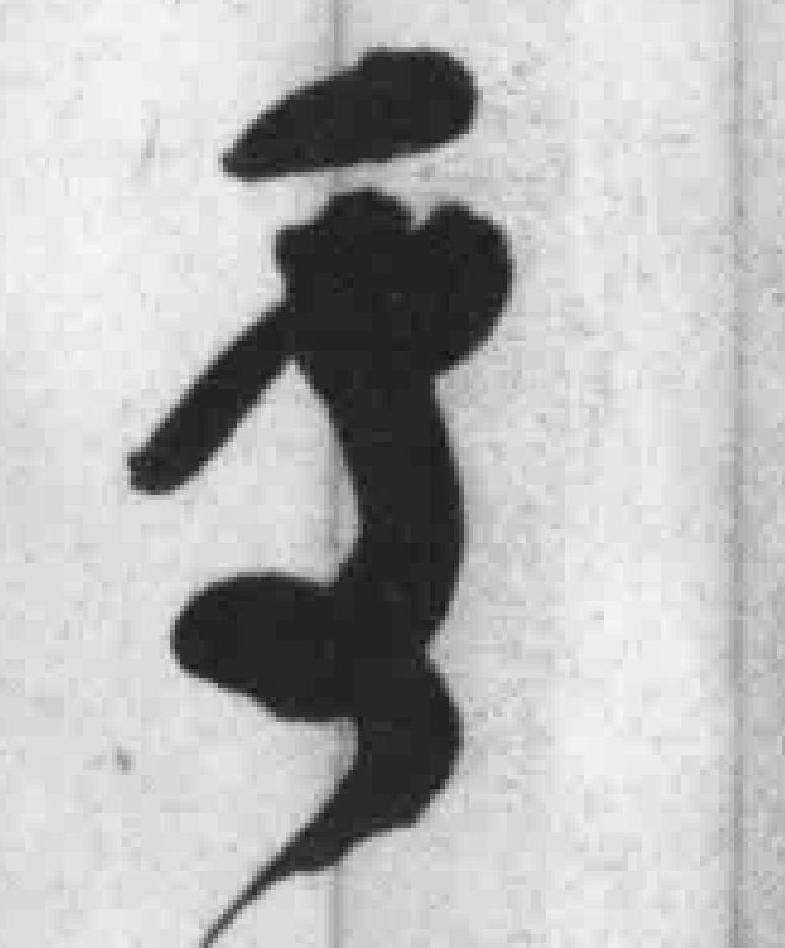
*